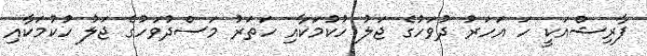
ފާރިޝްއަކީ ހަ އަހަރު ދުވަހުގެ ޖަލު ހުކުމަކާއި ހަތަރު މަސްދުވަހުގެ ޖަލު ހުކުމަކާއި